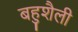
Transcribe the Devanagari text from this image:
बहुशैली